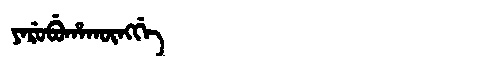
Manchu: ᠶᠠᡵᡠᠪᡠᡥᠠᡴᡡᠩᡤᡝ
Romanization: YARUBUHAKŪNGGE